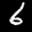
Label: 6